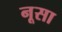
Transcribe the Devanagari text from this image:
नूसा